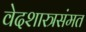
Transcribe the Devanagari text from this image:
वेदशास्त्रसंमत